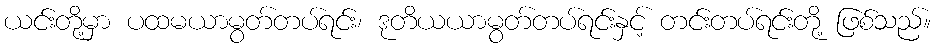
ယင်းတို့မှာ ပထမယာမွတ်တပ်ရင်း၊ ဒုတိယယာမွတ်တပ်ရင်းနှင့် တင်းတပ်ရင်းတို့ ဖြစ်သည်။